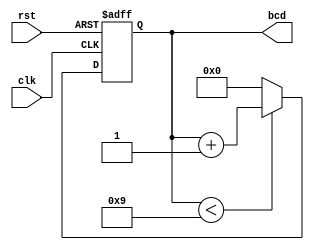
module bcd_counter (
    input wire clk,        // Clock signal
    input wire rst,        // Asynchronous reset signal
    output reg [3:0] bcd   // 4-bit BCD output
);

// Always block triggered on the rising edge of the clock or when reset is asserted
always @(posedge clk or posedge rst) begin
    if (rst) begin
        // Asynchronous reset: set BCD output to 0
        bcd <= 4'b0000;
    end else begin
        // Counting mechanism
        if (bcd < 4'b1001) begin
            // Increment BCD value if less than 9
            bcd <= bcd + 1;
        end else begin
            // Reset BCD value to 0 if it reaches 9
            bcd <= 4'b0000;
        end
    end
end

endmodule